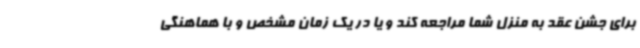
برای جشن عقد به منزل شما مراجعه کند و یا در یک زمان مشخص و با هماهنگی